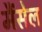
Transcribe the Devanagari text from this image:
मैंसेल